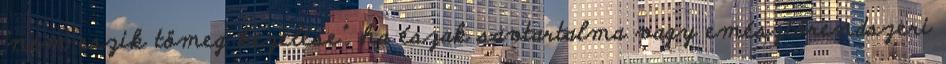
"nem eszik tömeg kezelése", ha észak savtartalma vagy emésztőrendszeri